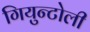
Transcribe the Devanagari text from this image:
गियुन्टोली